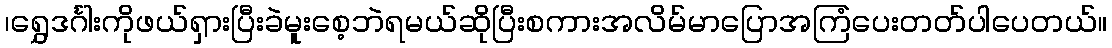
၊ရွှေဒင်္ဂါးကိုဖယ်ရှားပြီးခဲမူးစေ့ဘဲရမယ်ဆိုပြီးစကားအလိမ်မာပြောအကြံပေးတတ်ပါပေတယ်။